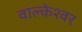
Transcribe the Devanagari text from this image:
वाल्केश्वर